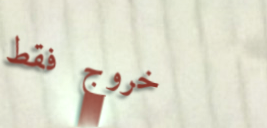
خروج فقط